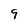
Character: 9